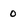
Character: 0